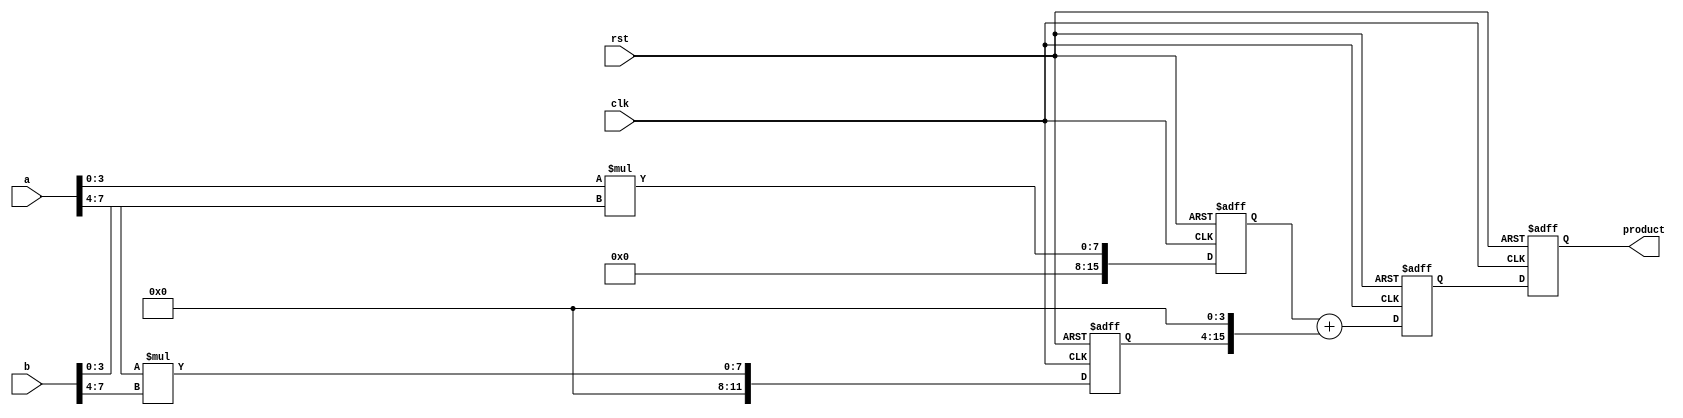
module pipelined_sliced_multiplier (
    input clk,
    input rst,
    input [7:0] a, // 8-bit multiplicand
    input [7:0] b, // 8-bit multiplier
    output reg [15:0] product // 16-bit product
);

    // Parameters for slicing
    parameter SLICE_WIDTH = 4;
    parameter NUM_SLICES = 2;

    // Internal signals
    reg [SLICE_WIDTH-1:0] a_slice [0:NUM_SLICES-1];
    reg [SLICE_WIDTH-1:0] b_slice [0:NUM_SLICES-1];
    reg [15:0] partial_product [0:NUM_SLICES-1];
    reg [15:0] sum_stage [0:NUM_SLICES-1];
    reg [15:0] final_sum;

    // Pipeline registers
    reg [15:0] pp_reg [0:NUM_SLICES-1];
    reg [15:0] sum_reg;

    // Slice the inputs
    always @(*) begin
        a_slice[0] = a[3:0];
        a_slice[1] = a[7:4];
        b_slice[0] = b[3:0];
        b_slice[1] = b[7:4];
    end

    // Generate partial products
    always @(*) begin
        partial_product[0] = a_slice[0] * b_slice[0];
        partial_product[1] = a_slice[1] * b_slice[1];
    end

    // Pipeline stage 1: Register partial products
    always @(posedge clk or posedge rst) begin
        if (rst) begin
            pp_reg[0] <= 0;
            pp_reg[1] <= 0;
        end else begin
            pp_reg[0] <= partial_product[0];
            pp_reg[1] <= partial_product[1];
        end
    end

    // Pipeline stage 2: Sum the partial products
    always @(*) begin
        sum_stage[0] = pp_reg[0];
        sum_stage[1] = pp_reg[1] << SLICE_WIDTH; // Shift left for proper alignment
    end

    // Pipeline stage 3: Register the sum
    always @(posedge clk or posedge rst) begin
        if (rst) begin
            sum_reg <= 0;
        end else begin
            sum_reg <= sum_stage[0] + sum_stage[1];
        end
    end

    // Final output stage
    always @(posedge clk or posedge rst) begin
        if (rst) begin
            product <= 0;
        end else begin
            product <= sum_reg;
        end
    end

endmodule